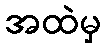
အထဲမှ